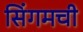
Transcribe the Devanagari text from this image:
सिंगमची